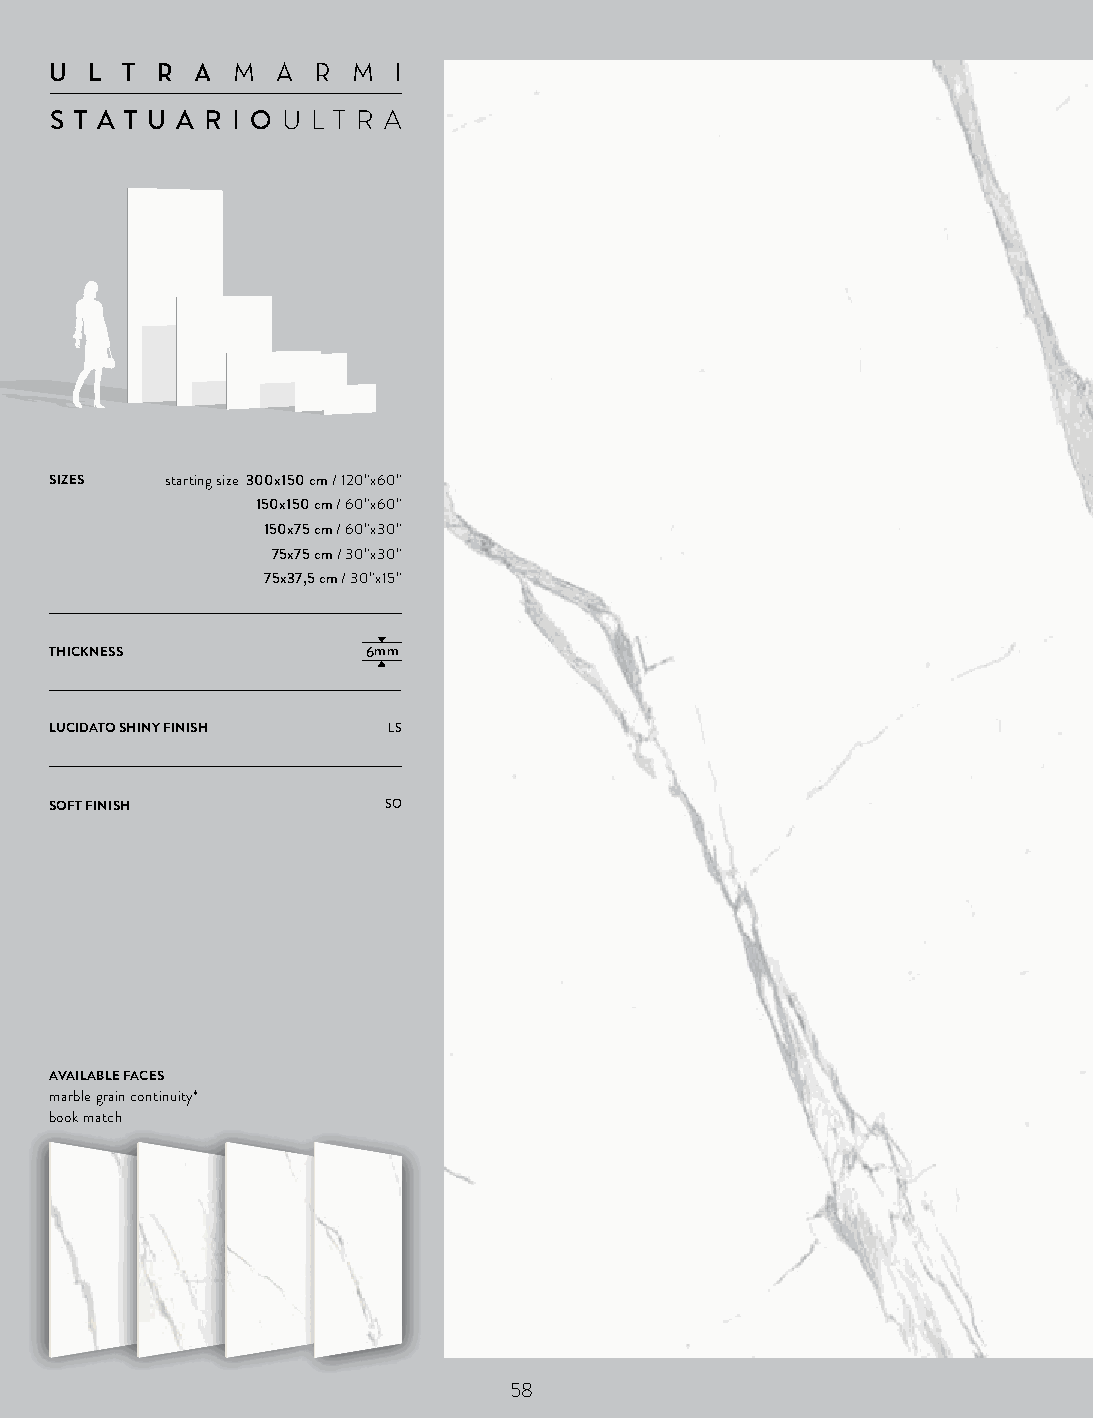
U  L T R  AM  A R  M  I
 S T A T U A R I OU L T R A
 SIZES   starting size 300x150 cm / 120”x60”
 150x150 cm / 60”x60”
 150x75 cm / 60”x30”
 75x75 cm / 30”x30”
 75x37,5 cm / 30”x15”
 THICKNESS            6mm
 LUCIDATO SHINY FINISH  LS
 SOFT FINISH           SO
 AVAILABLE FACES
 marble grain continuity*
 book match
 58